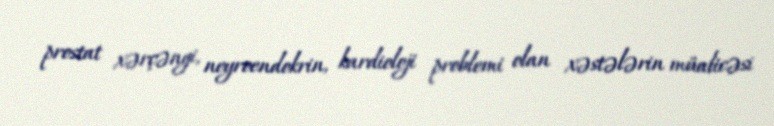
prostat xərçəngi, neyroendokrin, kardioloji problemi olan xəstələrin müalicəsi